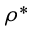
\rho ^ { * }